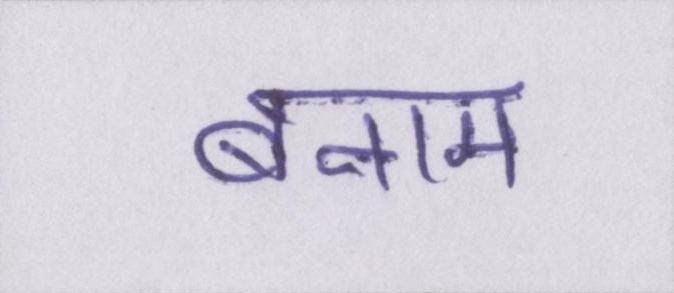
बनाम